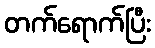
တက်ရောက်ပြီး